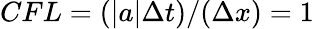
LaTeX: CFL=(|a|\Delta t)/(\Delta x)=1